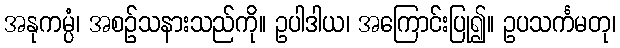
အနုကမ္ပံ၊ အစဉ်သနားသည်ကို။ ဥပါဒါယ၊ အကြောင်းပြု၍။ ဥပသင်္ကမတု၊